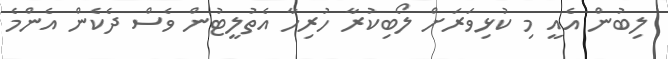
ލިބުން އެއީ މި ކުޅިވަރަށް ލޯބިކުރާ ހުރިހާ އެތުލީޓުން ވެސް ދެކެން އެންމެ